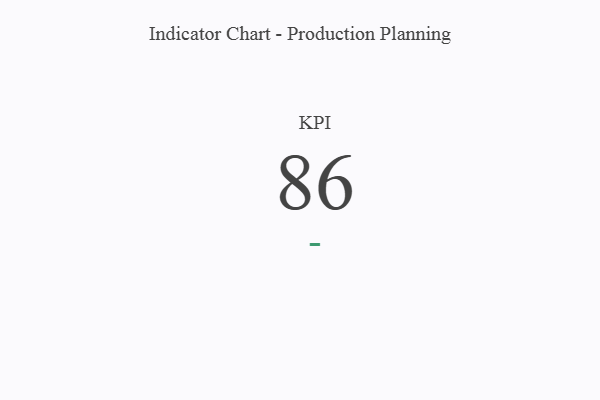
{"axis": {"x": "KPI", "y": "Value"}, "legend": [""], "data": [{"x": "KPI", "y": 86, "type": ""}]}